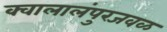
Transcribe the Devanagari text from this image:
क्वालालंपुरजवळ